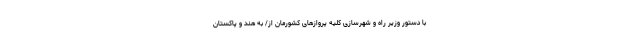
با دستور وزیر راه و شهرسازی کلیه پروازهای کشورمان از/ به هند و پاکستان